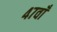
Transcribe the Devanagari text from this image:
४७वाँ